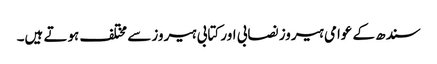
سندھ کے عوامی ہیروز نصابی اور کتابی ہیروز سے مختلف ہوتے ہیں۔